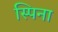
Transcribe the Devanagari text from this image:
स्पिना